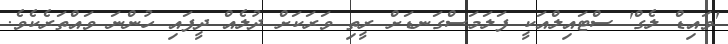
'ވައިޑް ލެގް' ސްޓައިލްއަކީ ފަލަމަސްގަނޑަށް ރީތި ވަރަކަށް ދުލެއް ދީފައި ހުންނަ ވައްތަރެކެވެ.